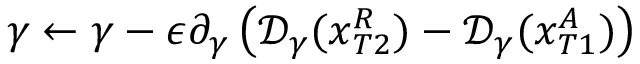
\gamma \leftarrow \gamma - \epsilon \partial _ { \gamma } \left( \mathcal { D } _ { \gamma } ( x _ { T 2 } ^ { R } ) - \mathcal { D } _ { \gamma } ( x _ { T 1 } ^ { A } ) \right)